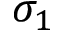
\sigma _ { 1 }